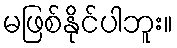
မဖြစ်နိုင်ပါဘူး။